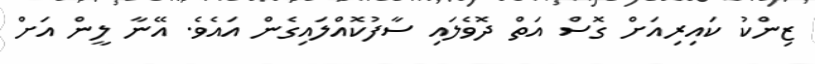
ޒިންކު ކައިރިއަށް ގޮސް އަތް ދޮވެލައި ސާފުކޮއްލައިގެން އައެވެ. އޭނާ ލީން އަށް